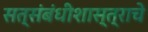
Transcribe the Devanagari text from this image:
सत्संबंधीशास्त्राचे